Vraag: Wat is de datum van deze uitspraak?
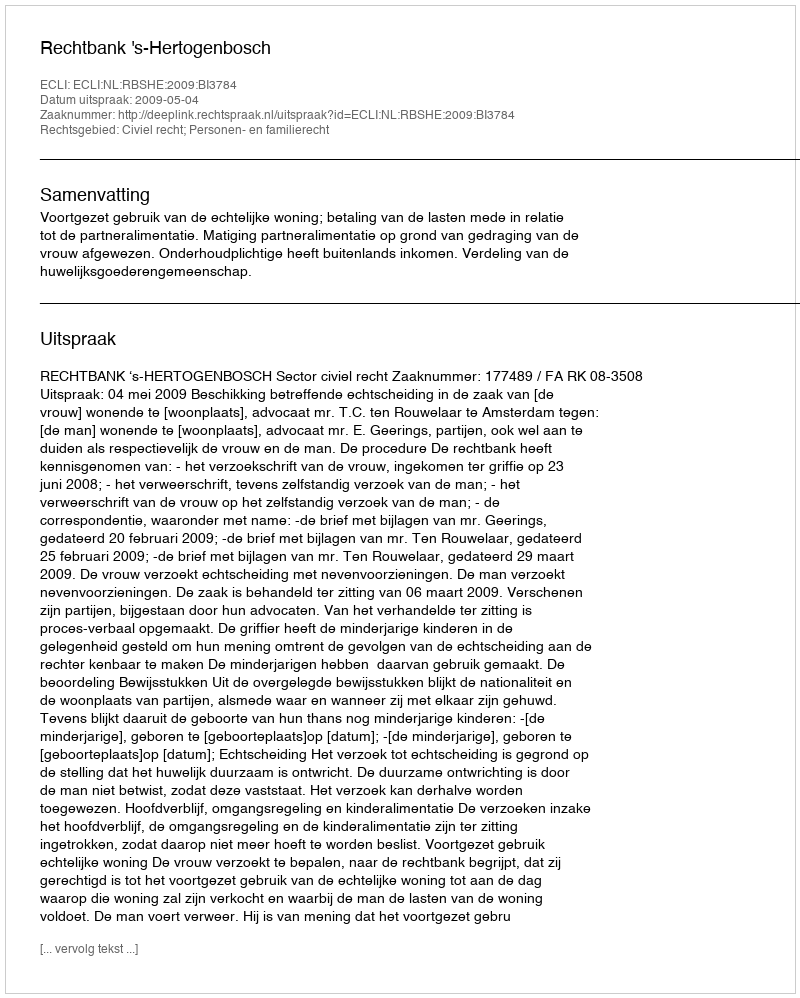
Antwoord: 2009-05-04